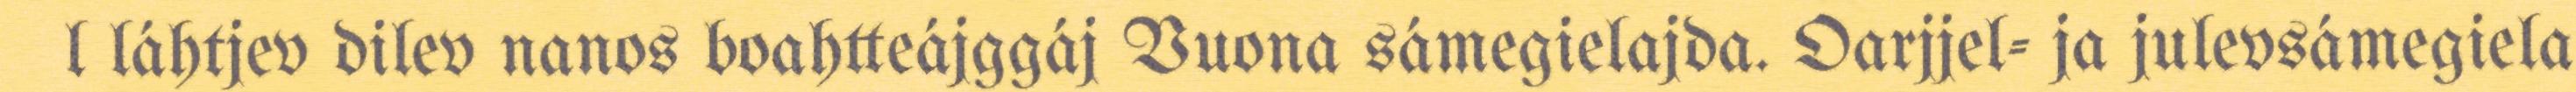
l láhtjev dilev nanos boahtteájggáj Vuona sámegielajda. Oarjjel- ja julevsámegiela